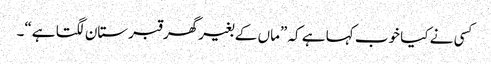
کسی نے کیا خوب کہا ہے کہ ”ماں کے بغیر گھر قبرستان لگتا ہے“۔